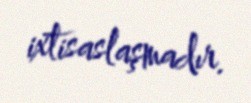
ixtisaslaşmadır.